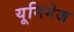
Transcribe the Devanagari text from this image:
यूनिगेज